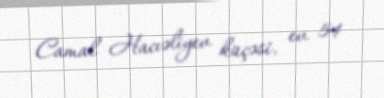
Camal Hacıəliyev küçəsi, ev 54